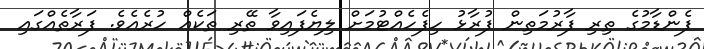
ފެންޑާމުގެ ތިރި ފާރުމަތިން ފުރާޅު ހިފެހެއްޓުމަށް ލިޔެފައިވާ ތޭރި ތަކެއް ހުރެއެވެ. ފަރާތެއްގައި